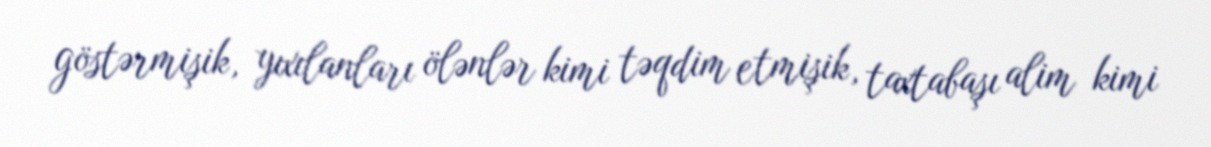
göstərmişik, yıxılanları ölənlər kimi təqdim etmişik, taxtabaşı alim kimi